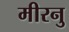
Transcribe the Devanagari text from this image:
मीरनु